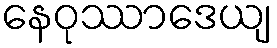
နေဝုဿာဒေယျ